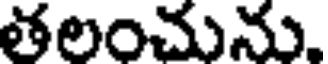
తలంచును.